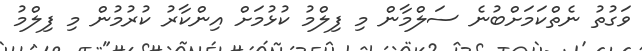
ވަގުތު ނެތްކަމަށްބުނެ ސަލްމާން މި ފިލްމު ކުޅުމަށް އިންކާރު ކުރުމުން މި ފިލްމު